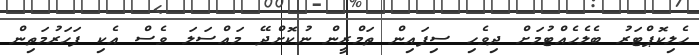
ހެލިކޮޕްޓަރު ބެލެހެއްޓުމަށް ދިވެހި ސިފައިން ތަމްރީން ނުކޮށްދޭ މައްސަލަ ވެސް އެކި ފަހަރުމަތިން